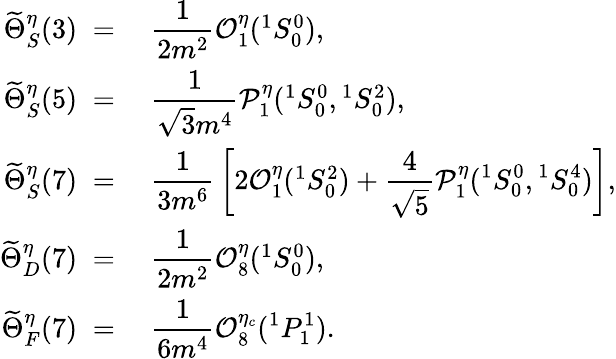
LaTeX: \begin{array}{rl}{{\widetilde\Theta_{S}^{\eta}(3)\; =\; }}&{{{\displaystyle{\frac{1}{2m^{2}}}}{\cal O}_{1}^{\eta}({}^{1}S_{0}^{0}),}}\\ {{\widetilde\Theta_{S}^{\eta}(5)\; =\; }}&{{{\displaystyle{\frac{1}{\sqrt 3m^{4}}}}{\cal P}_{1}^{\eta}({}^{1}S_{0}^{0},{}^{1}S_{0}^{2}),}}\\ {{\widetilde\Theta_{S}^{\eta}(7)\; =\; }}&{{{\displaystyle{\frac{1}{3m^{6}}}}\left[2{\cal O}_{1}^{\eta}({}^{1}S_{0}^{2})+\displaystyle{\frac{4}{\sqrt 5}}{\cal P}_{1}^{\eta}({}^{1}S_{0}^{0},{}^{1}S_{0}^{4})\right],}}\\ {{\widetilde\Theta_{D}^{\eta}(7)\; =\; }}&{{{\displaystyle{\frac{1}{2m^{2}}}}{\cal O}_{8}^{\eta}({}^{1}S_{0}^{0}),}}\\ {{\widetilde\Theta_{F}^{\eta}(7)\; =\; }}&{{\displaystyle{\frac{1}{6m^{4}}}{\cal O}_{8}^{\eta_{c}}({}^{1}P_{1}^{1}).}}\end{array}